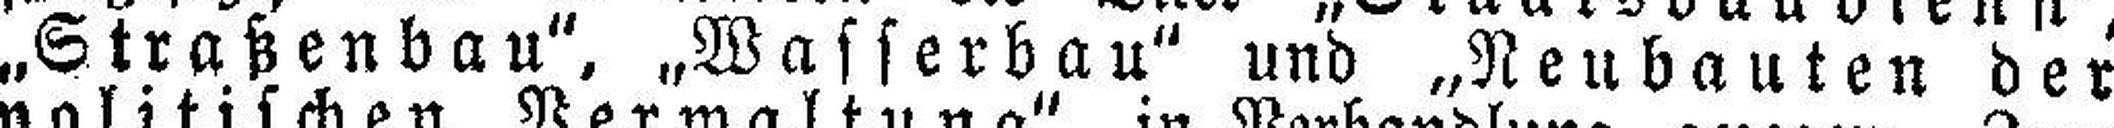
„Straßenbau", „Wasserbau" und „Neubauten der